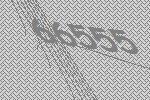
66555